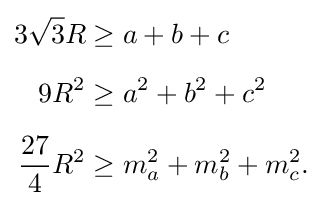
{\begin{aligned}3{\sqrt {3}}R&\geq a+b+c\\[5pt]9R^{2}&\geq a^{2}+b^{2}+c^{2}\\[5pt]{\frac {27}{4}}R^{2}&\geq m_{a}^{2}+m_{b}^{2}+m_{c}^{2}.\end{aligned}}